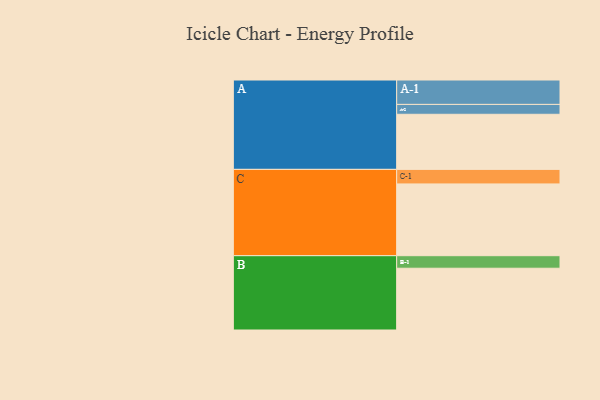
{"axis": {"x": "Segment", "y": "Value"}, "legend": ["", "A", "B", "C"], "data": [{"x": "A", "y": 413, "type": ""}, {"x": "B", "y": 463, "type": ""}, {"x": "C", "y": 538, "type": ""}, {"x": "A-1", "y": 183, "type": "A"}, {"x": "A-2", "y": 74, "type": "A"}, {"x": "B-1", "y": 94, "type": "B"}, {"x": "C-1", "y": 109, "type": "C"}]}